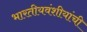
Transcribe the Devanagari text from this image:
भारतीयवंशीयांची